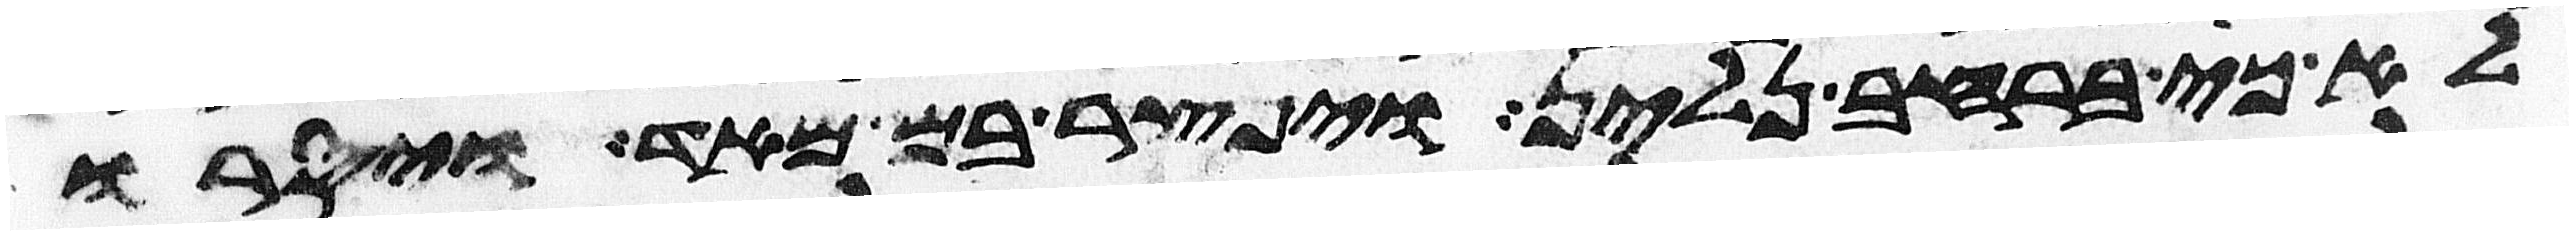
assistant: לא כי ברחב נלין ויפצר בם מאד ויסרו